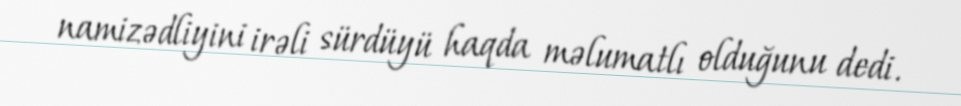
namizədliyini irəli sürdüyü haqda məlumatlı olduğunu dedi.